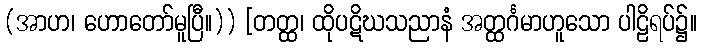
(အာဟ၊ ဟောတော်မူပြီ။)) [တတ္ထ၊ ထိုပဋိဃသညာနံ အတ္ထင်္ဂမာဟူသော ပါဠိရပ်၌။